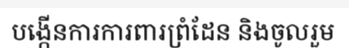
បង្កើនការការពារព្រំដែន និងចូលរួម